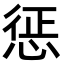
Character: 惩